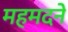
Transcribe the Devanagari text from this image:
महमदने